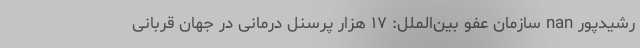
رشیدپور nan سازمان عفو بین‌الملل: ۱۷ هزار پرسنل درمانی در جهان قربانی